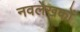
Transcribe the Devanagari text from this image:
नवलेखकों